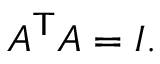
A ^ { \mathsf { T } } A = I .